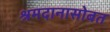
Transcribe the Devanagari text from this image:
श्रमदानासोबत